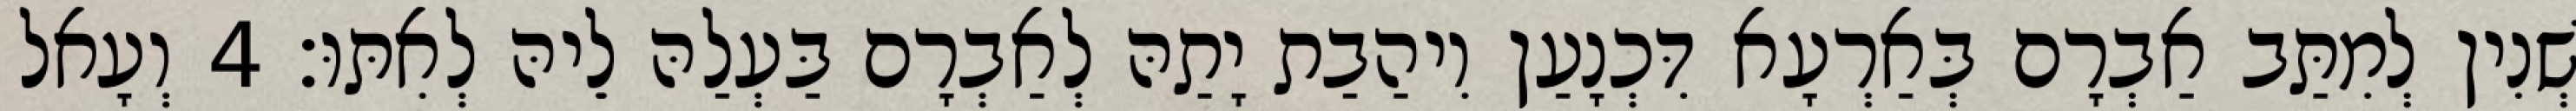
שְׁנִין לְמִתַּב אַבְרָם בְּאַרְעָא דִּכְנָעַן וִיהַבַת יָתַהּ לְאַבְרָם בַּעְלַהּ לֵיהּ לְאִתּוּ׃ 4 וְעָאל